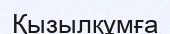
Қызылқұмға